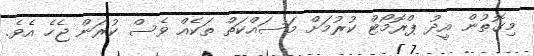
މިގޮތުން އީދު ޕްރޮމޯޓް ކުރުމަށް މަސައްކަތް ތަކެއް ވެސް ކުރަން ޖެހެ އެވެ.